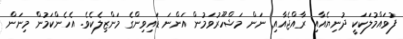
ފުވައްމުލަކަކީ ދުނިޔެއާއި ރާއްޖެއާއި